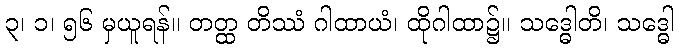
၃၊ ၁၊ ၅၆ မှယူရန်။ တတ္ထ တိဿံ ဂါထာယံ၊ ထိုဂါထာ၌။ သဒ္ဓေါတိ၊ သဒ္ဓေါ